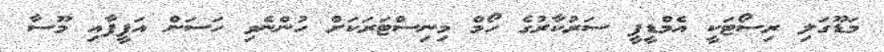
މަޑޫގަލި ރިސޯޓަކީ އެމްޑީޕީ ސަރުކާރުގެ ހޯމް މިނިސްޓަރަކަށް ހުންނެވި ހަސަން އަފީފާއި މޫސާ